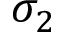
\sigma _ { 2 }